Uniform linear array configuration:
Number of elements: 48
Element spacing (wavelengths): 1
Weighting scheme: exponential
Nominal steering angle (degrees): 60
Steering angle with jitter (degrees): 58.584
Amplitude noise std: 0.05
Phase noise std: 0.05

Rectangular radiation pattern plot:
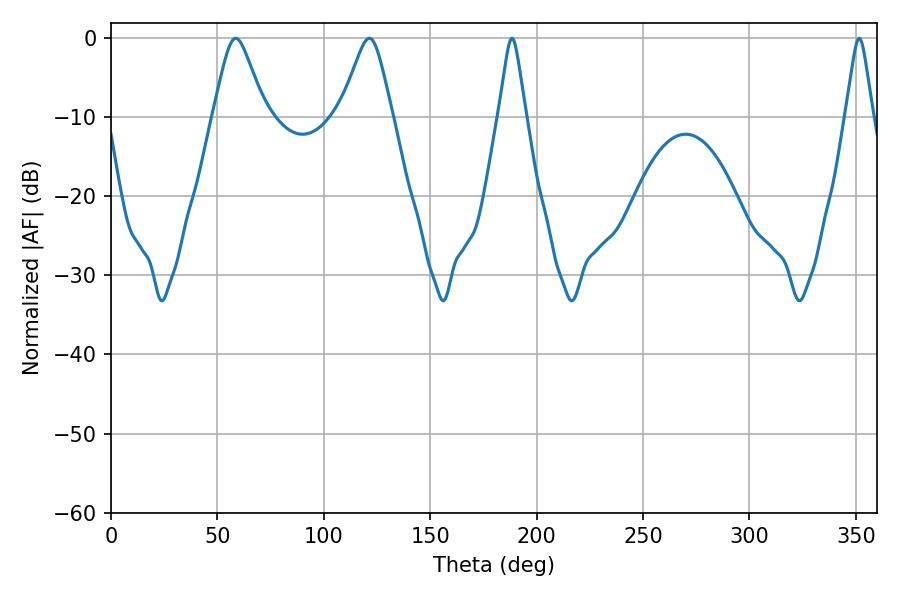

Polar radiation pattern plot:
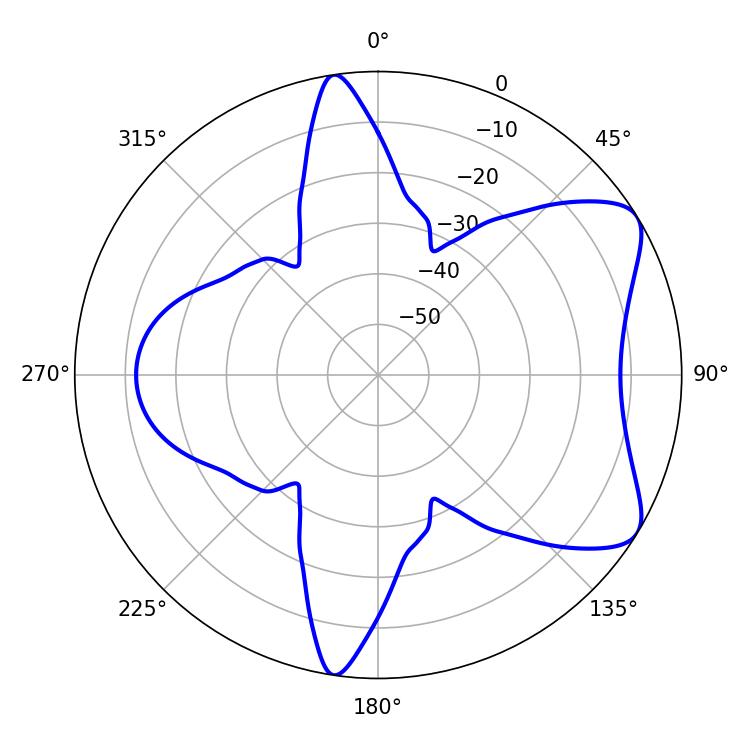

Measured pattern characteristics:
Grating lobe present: TRUE
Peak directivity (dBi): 7.197
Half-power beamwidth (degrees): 5.76
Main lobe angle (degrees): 188.46